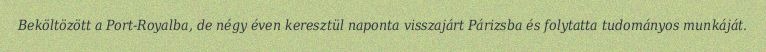
Beköltözött a Port-Royalba, de négy éven keresztül naponta visszajárt Párizsba és folytatta tudományos munkáját.